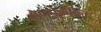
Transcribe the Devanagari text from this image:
मेनफेगोल